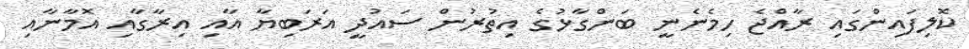
ކޮލިފައިންގައި ރާއްޖެ ހިމެނެނީ ބަންގާޅުގެ އިތުރުން ސައުދީ އަރަބިޔާ އާއި އިރާގާއި އޮމާނާއި